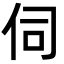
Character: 伺